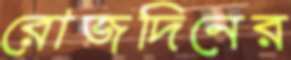
রোজদিনের